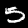
Digit: 5